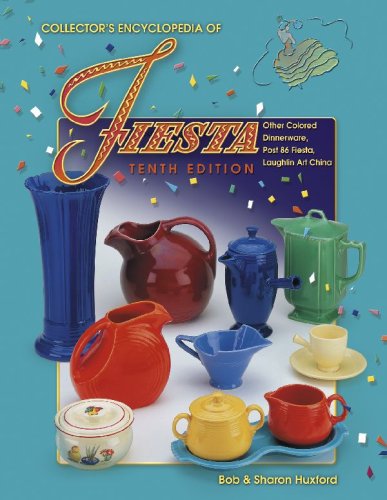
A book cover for Collector's Encyclopedia of Fiesta, 10th Edition; Bob Huxford; Crafts, Hobbies & Home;